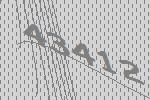
43412